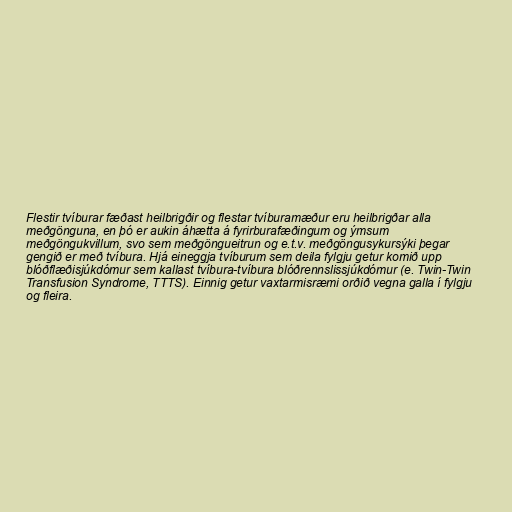
Flestir tvíburar fæðast heilbrigðir og flestar tvíburamæður eru heilbrigðar alla
meðgönguna, en þó er aukin áhætta á fyrirburafæðingum og ýmsum
meðgöngukvillum, svo sem meðgöngueitrun og e.t.v. meðgöngusykursýki þegar
gengið er með tvíbura. Hjá eineggja tvíburum sem deila fylgju getur komið upp
blóðflæðisjúkdómur sem kallast tvíbura-tvíbura blóðrennslissjúkdómur (e. Twin-Twin
Transfusion Syndrome, TTTS). Einnig getur vaxtarmisræmi orðið vegna galla í fylgju
og fleira.